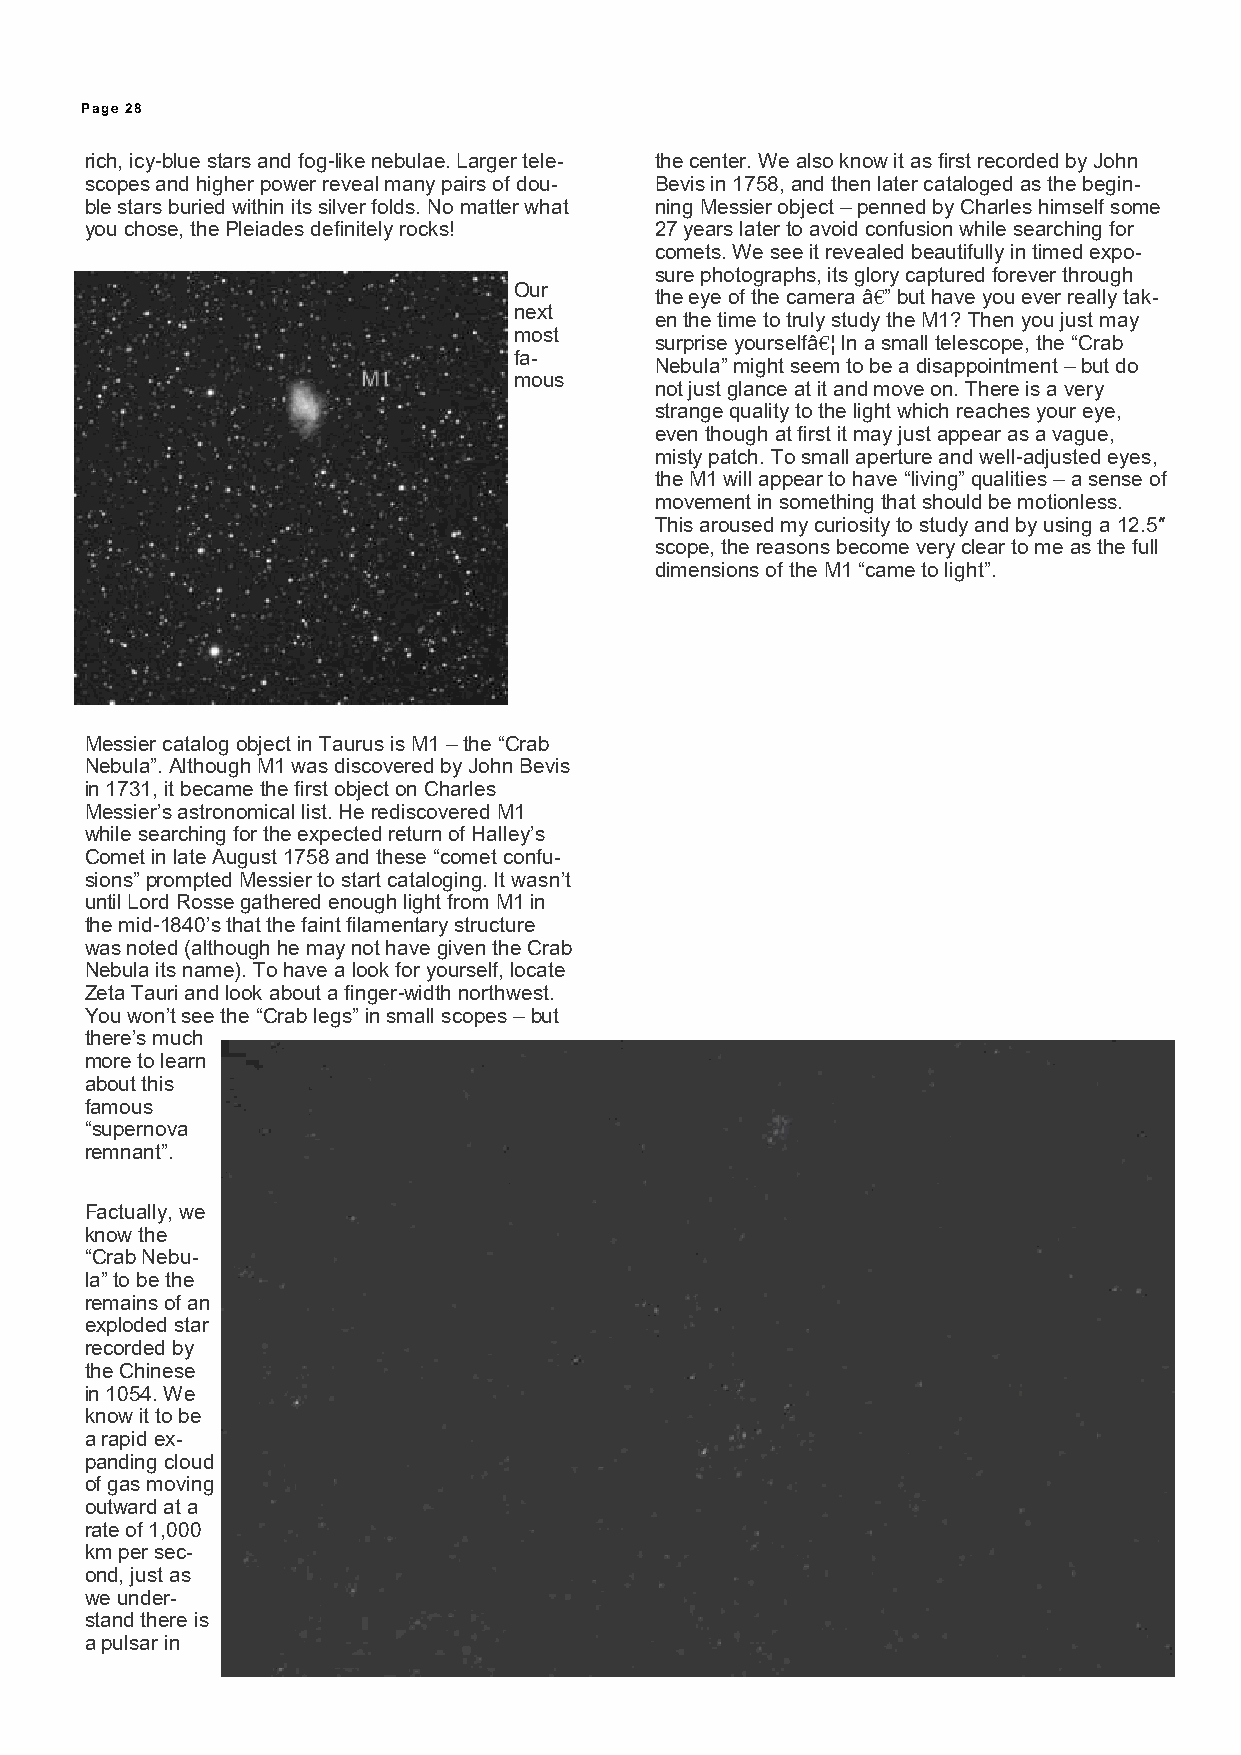
Page 28
 rich, icy-blue stars and fog-like nebulae. Larger tele- the center. We also know it as first recorded by John
 scopes and higher power reveal many pairs of dou- Bevis in 1758, and then later cataloged as the begin-
 ble stars buried within its silver folds. No matter what ning Messier object – penned by Charles himself some
 you chose, the Pleiades definitely rocks! 27 years later to avoid confusion while searching for
 comets. We see it revealed beautifully in timed expo-
 sure photographs, its glory captured forever through
 Our
 the eye of the camera â€” but have you ever really tak-
 next
 en the time to truly study the M1? Then you just may
 most
 surprise yourselfâ€¦ In a small telescope, the “Crab
 fa-
 Nebula” might seem to be a disappointment – but do
 mous
 not just glance at it and move on. There is a very
 strange quality to the light which reaches your eye,
 even though at first it may just appear as a vague,
 misty patch. To small aperture and well-adjusted eyes,
 the M1 will appear to have “living” qualities – a sense of
 movement in something that should be motionless.
 This aroused my curiosity to study and by using a 12.5″
 scope, the reasons become very clear to me as the full
 dimensions of the M1 “came to light”.
 Messier catalog object in Taurus is M1 – the “Crab
 Nebula”. Although M1 was discovered by John Bevis
 in 1731, it became the first object on Charles
 Messier’s astronomical list. He rediscovered M1
 while searching for the expected return of Halley’s
 Comet in late August 1758 and these “comet confu-
 sions” prompted Messier to start cataloging. It wasn’t
 until Lord Rosse gathered enough light from M1 in
 the mid-1840’s that the faint filamentary structure
 was noted (although he may not have given the Crab
 Nebula its name). To have a look for yourself, locate
 Zeta Tauri and look about a finger-width northwest.
 You won’t see the “Crab legs” in small scopes – but
 there’s much
 more to learn
 about this
 famous
 “supernova
 remnant”.
 Factually, we
 know the
 “Crab Nebu-
 la” to be the
 remains of an
 exploded star
 recorded by
 the Chinese
 in 1054. We
 know it to be
 a rapid ex-
 panding cloud
 of gas moving
 outward at a
 rate of 1,000
 km per sec-
 ond, just as
 we under-
 stand there is
 a pulsar in